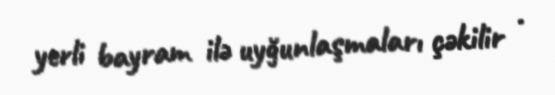
yerli bayram ilə uyğunlaşmaları çəkilir .